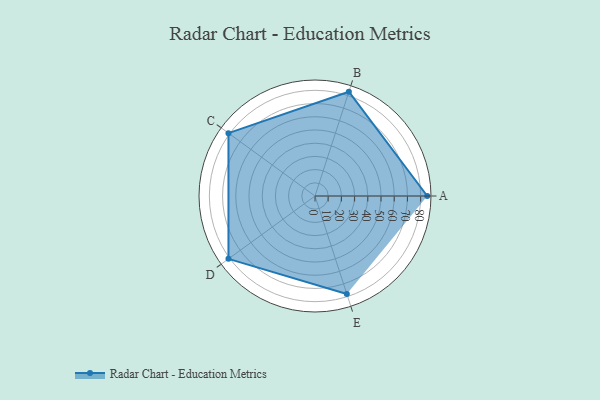
{"axis": {"x": "Skill", "y": "Score"}, "legend": ["Profile"], "data": [{"x": "A", "y": 85.0, "type": "Profile"}, {"x": "B", "y": 83.0, "type": "Profile"}, {"x": "C", "y": 81.0, "type": "Profile"}, {"x": "D", "y": 81.0, "type": "Profile"}, {"x": "E", "y": 78.0, "type": "Profile"}]}